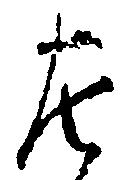
左